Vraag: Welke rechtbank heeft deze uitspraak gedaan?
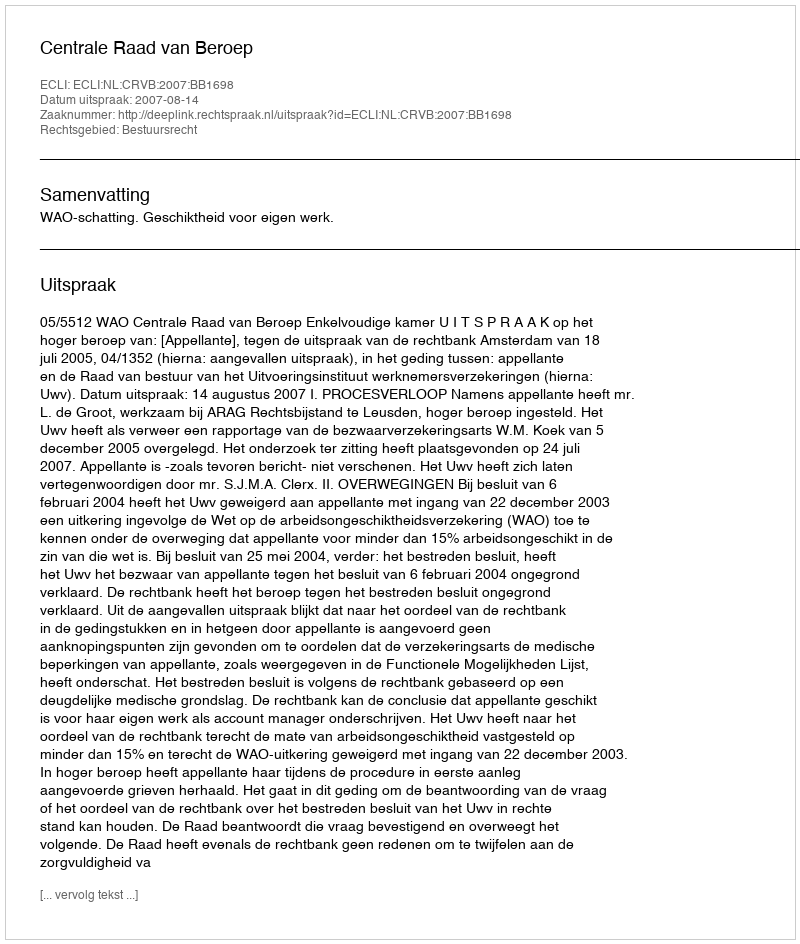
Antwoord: Centrale Raad van Beroep